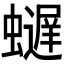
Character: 𫋢